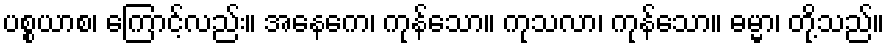
ပစ္စယာစ၊ ကြောင့်လည်း။ အနေကေ၊ ကုန်သော။ ကုသလာ၊ ကုန်သော။ ဓမ္မာ၊ တို့သည်။